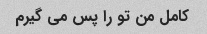
کامل من تو را پس می گیرم